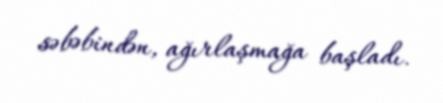
səbəbindən, ağırlaşmağa başladı.